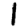
Digit: 1